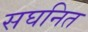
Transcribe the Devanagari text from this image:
सघनित